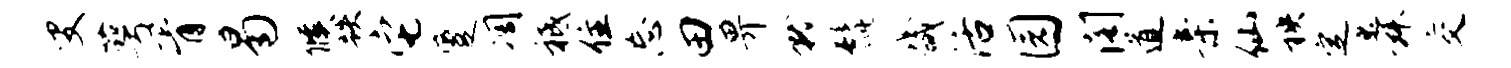
叟萼胥曷候跌它蹙凋祗住忘田畀就髭畿活园阁道亲仙秧定舜交